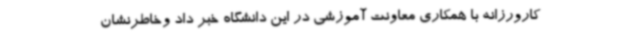
کارورزانه با همکاری معاونت آموزشی در این دانشگاه خبر داد وخاطرنشان